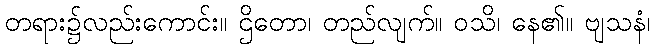
တရား၌လည်းကောင်း။ ဌိတော၊ တည်လျက်။ ဝသိ၊ နေ၏။ ဗျသနံ၊